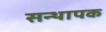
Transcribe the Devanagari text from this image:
सन्थापक